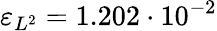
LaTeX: \varepsilon_{L^{2}}=1.202\cdot 10^{-2}